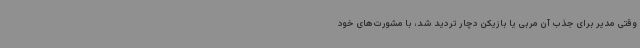
وقتی مدیر برای جذب آن مربی یا بازیکن دچار تردید شد، با مشورت‌های خود